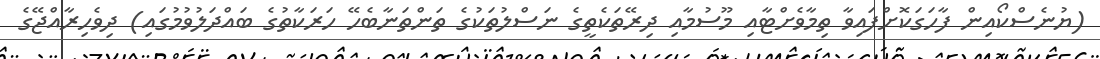
(ޔުނެސްކޯއިން ފާހަގަކޮށްފައިވާ ތިމާވެށްޓާއި މޫސުމާއި ދިރޭތަކެތީގެ ނަސްލުތަކުގެ ތަންތަނާބެހޭ ހަރަކާތުގެ ބައްދަލުވުމުގައި) ދިވެހިރާއްޖޭގެ